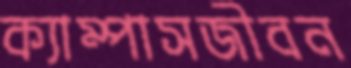
ক্যাম্পাসজীবন